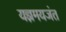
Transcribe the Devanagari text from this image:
यज्ञमयजंत